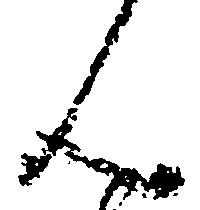
ん